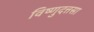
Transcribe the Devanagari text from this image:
विष्णुदत्तसा